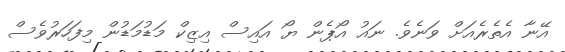
އޭނާ އެތެރެއަށް ވަނެވެ. ނައު އޯޕެން ޔޯ އައިސް އިޒިކް މަޑުމަޑުން މިފަހަރުވެސް